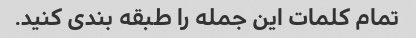
تمام کلمات این جمله را طبقه بندی کنید.